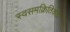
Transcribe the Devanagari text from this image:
स्वसमक्रितिकता